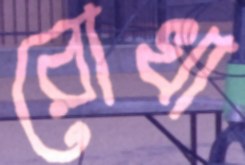
রোখা